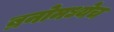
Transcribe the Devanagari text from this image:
ब्रनोमध्येच